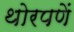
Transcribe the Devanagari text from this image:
थोरपणें